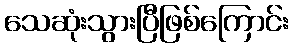
သေဆုံးသွားပြီဖြစ်ကြောင်း